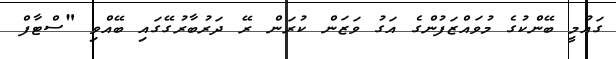
ގައުމީ ބޭންކުގެ މުވައްޒަފުންގެ އަގު ވަޒަން ކުރަން ރޭ ދަރުބާރުގޭގައި ބޭއްވި "ސްޓާފް